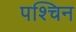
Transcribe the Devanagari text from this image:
पश्चिन